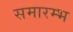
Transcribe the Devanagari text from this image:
समारम्भ